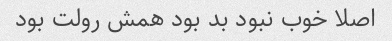
اصلا خوب نبود بد بود همش رولت بود